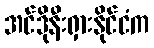
အင်ဒိုနီးရှားနိုင်ငံက